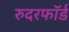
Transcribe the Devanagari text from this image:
रुदरफॉर्ड